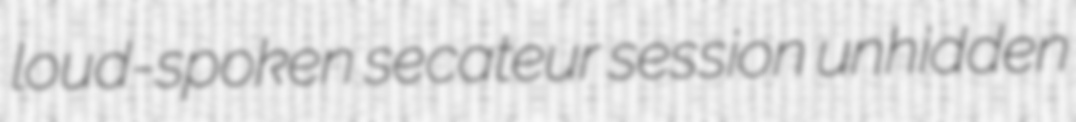
loud-spoken secateur session unhidden